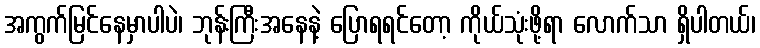
အကွက်မြင်နေမှာပါပဲ၊ ဘုန်းကြီးအနေနဲ့ ပြောရရင်တော့ ကိုယ်သုံးဖို့ရာ လောက်သာ ရှိပါတယ်၊